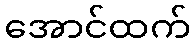
အောင်ထက်